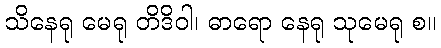
သိနေရု မေရု တိဒိဝါ၊ ဓာရော နေရု သုမေရု စ။